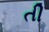
તી